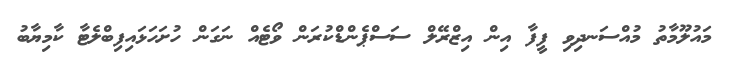
މައުލޫމާތު މުއްސަނދިވި ފީފާ އިން އިޒްރޭލް ސަސްޕެންޑްކުރަން ވޯޓެއް ނަގަން ހުށަހަޅައިފިބްލެޓާ ކާމިޔާބު